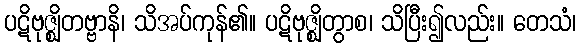
ပဋိဗုဇ္ဈိတဗ္ဗာနိ၊ သိအပ်ကုန်၏။ ပဋိဗုဇ္ဈိတွာစ၊ သိပြီး၍လည်း။ တေသံ၊